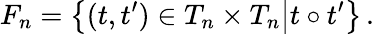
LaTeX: F_{n}=\bigl\{ (t,t^{\prime})\in T_{n}\times T_{n}\bigl|t\circ t^{\prime}\bigl\} \, .